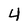
Character: 4